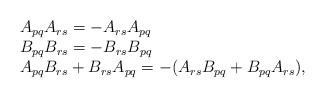
LaTeX: \begin{align*}\begin{array}{lcr}A_{pq} A_{rs}=-A_{rs}A_{pq}\\B_{pq}B_{rs}=-B_{rs}B_{pq} \\A_{pq}B_{rs}+B_{rs}A_{pq}=-(A_{rs}B_{pq}+B_{pq}A_{rs}) ,\end{array}\end{align*}